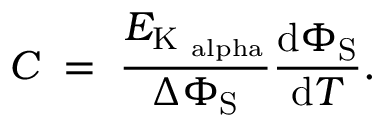
C \; = \; \frac { E _ { \mathrm { K _ { \ a l p h a } } } } { \Delta \Phi _ { \mathrm { S } } } \frac { \mathrm { d } \Phi _ { \mathrm { S } } } { \mathrm { d } T } .